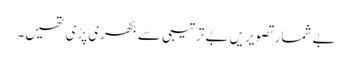
بے شمار تصویریں بے ترتیبی سے بکھری پڑی تھیں۔